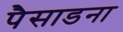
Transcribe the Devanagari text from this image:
पैसाडना